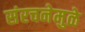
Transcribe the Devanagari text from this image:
संरचनेमुळे